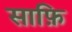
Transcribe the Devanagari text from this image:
साफ़ि